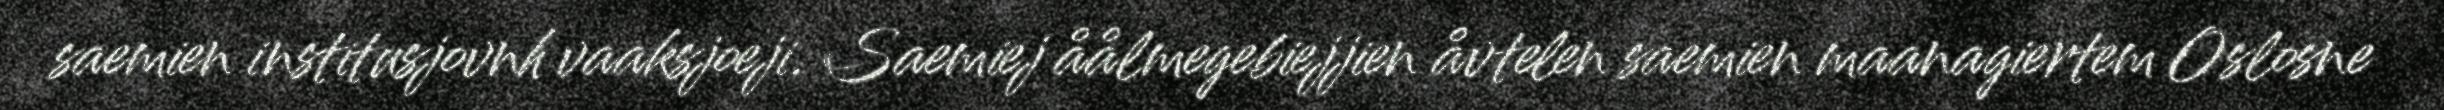
saemien institusjovnh vaaksjoeji. Saemiej åålmegebiejjien åvtelen saemien maanagiertem Oslosne